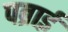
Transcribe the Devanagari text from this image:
पब्राई